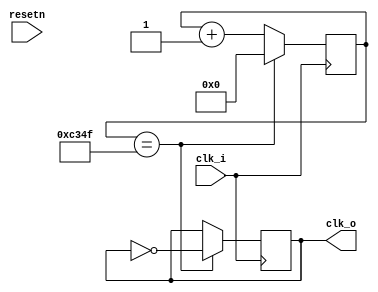
`timescale 1ns / 1ps
// clock changes every ms
module clock_divider_khz(clk_i, clk_o, resetn);

    input clk_i, resetn;
    output reg clk_o = 0;
    reg [31:0] count = 0;
    
    always @ (posedge clk_i) begin
        if (count == 49999) begin
            count <= 0;
            clk_o <= ~clk_o;
        end else begin
            count <= count + 1'b1;
            clk_o <= clk_o;
        end
    end
    
endmodule